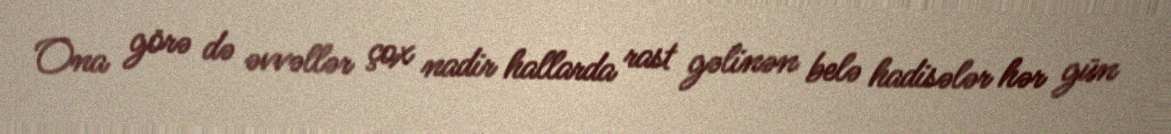
Ona görə də əvvəllər çox nadir hallarda rast gəlinən belə hadisələr hər gün